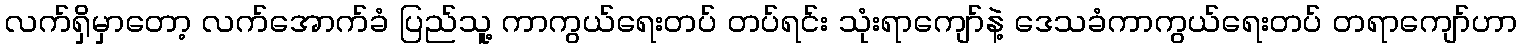
လက်ရှိမှာတော့ လက်အောက်ခံ ပြည်သူ့ ကာကွယ်ရေးတပ် တပ်ရင်း သုံးရာကျော်နဲ့ ဒေသခံကာကွယ်ရေးတပ် တရာကျော်ဟာ